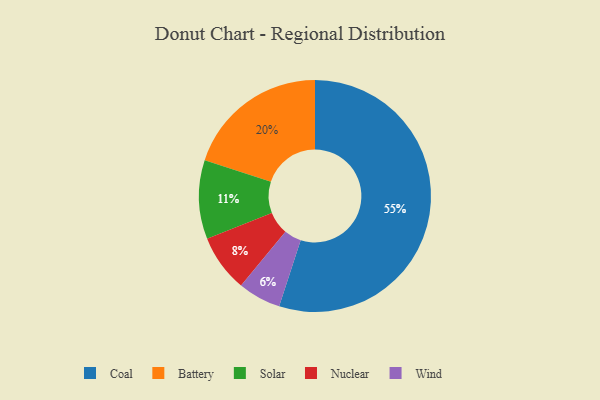
{"axis": {"x": "Category", "y": "Percentage"}, "legend": ["Battery", "Coal", "Nuclear", "Solar", "Wind"], "data": [{"x": "Solar", "y": 11, "type": "Solar"}, {"x": "Battery", "y": 20, "type": "Battery"}, {"x": "Nuclear", "y": 8, "type": "Nuclear"}, {"x": "Coal", "y": 55, "type": "Coal"}, {"x": "Wind", "y": 6, "type": "Wind"}]}